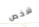
شخص